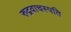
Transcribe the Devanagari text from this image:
रुद्रवाचस्पति